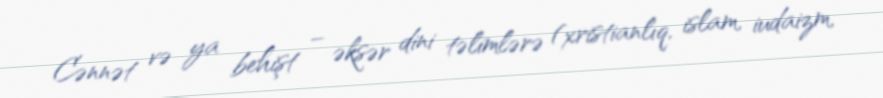
Cənnət və ya behişt – əksər dini təlimlərə (xristianlıq, islam, iudaizm,